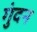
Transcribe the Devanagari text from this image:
गुंदन